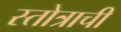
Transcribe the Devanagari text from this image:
स्तोत्राची